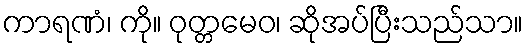
ကာရဏံ၊ ကို။ ဝုတ္တမေဝ၊ ဆိုအပ်ပြီးသည်သာ။